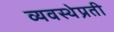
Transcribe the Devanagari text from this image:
व्यवस्थेप्रती